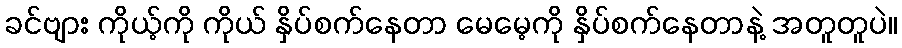
ခင်ဗျား ကိုယ့်ကို ကိုယ် နှိပ်စက်နေတာ မေမေ့ကို နှိပ်စက်နေတာနဲ့ အတူတူပဲ။